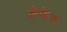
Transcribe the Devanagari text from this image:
लेफेड